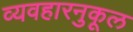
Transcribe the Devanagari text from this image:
व्यवहारनुकूल